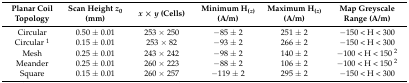
| Planar Coil Topology | Scan Height z0 (mm) | x × y (Cells) | Minimum H(z) (A/m) | Maximum H(z) (A/m) | Map Greyscale Range (A/m) |
 | --- | --- | --- | --- | --- | --- |
 | Circular | 0.50 ± 0.01 | 253 × 250 | −85 ± 2 | 251 ± 2 | −150 < H < 300 |
 | Circular 1 | 0.15 ± 0.01 | 253 × 82 | −93 ± 2 | 266 ± 2 | −150 < H < 300 |
 | Mesh | 0.25 ± 0.01 | 243 × 242 | −98 ± 2 | 140 ± 2 | −100 < H < 150 2 |
 | Meander | 0.25 ± 0.01 | 260 × 223 | −88 ± 2 | 106 ± 2 | −100 < H < 150 2 |
 | Square | 0.15 ± 0.01 | 260 × 257 | −119 ± 2 | 295 ± 2 | −150 < H < 300 |